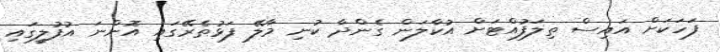
ފަހަކަށް އައިސް ތިލަފުއްޓަށް އުކާލަން ގެންދާ ކުނި މާލޭ ފަޅުތެރޭގައި އޮންނަ އުފުލީގައި